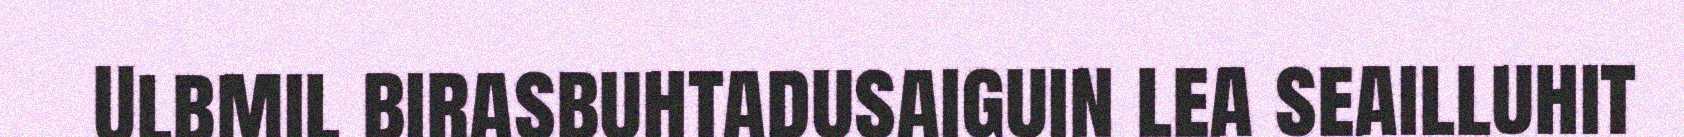
Ulbmil birasbuhtadusaiguin lea seailluhit